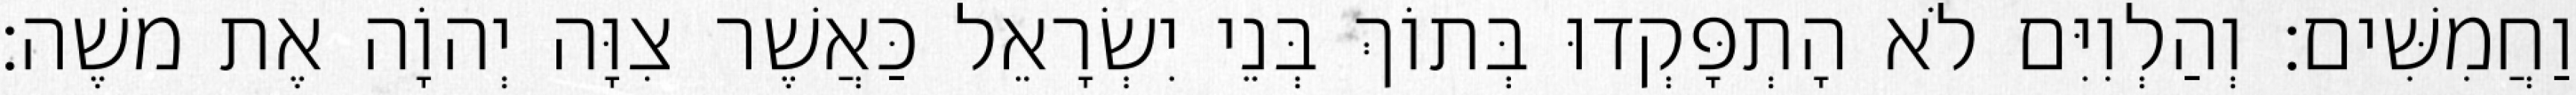
וַחֲמִשִּׁים׃ וְהַלְוִיִּם לֹא הָתְפָּקְדוּ בְּתוֹךְ בְּנֵי יִשְׂרָאֵל כַּאֲשֶׁר צִוָּה יְהוָֹה אֶת משֶׁה׃